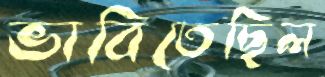
ভাবিতেছিল